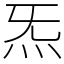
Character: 炁